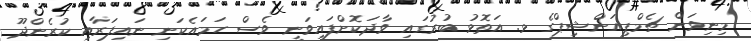
މިނިވަން ޗެމްޕިއަންޝިޕްގެ ޅ. އަތޮޅު ބުރުގައި ވާދަކޮށްފައިވަނީ ވެސް ހަމައެކަނި ނައިފަރާއި ކުރެންދޫ